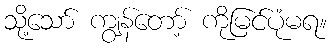
သို့သော် ကျွန်တော့် ကိုမြင်ပုံမရ။